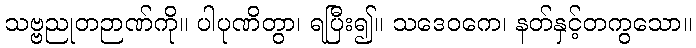
သဗ္ဗညုတဉာဏ်ကို။ ပါပုဏိတွာ၊ ရပြီး၍။ သဒေဝကေ၊ နတ်နှင့်တကွသော။